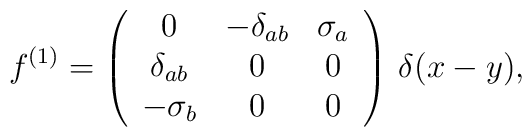
f^{(1)}=\left(\begin{array}{ccc}0           & -\delta_{ab} & \sigma_a \\\delta_{ab} &         0     & 0 \\-\sigma_b           &         0     & 0\end{array}\right)\,\delta(x-y),